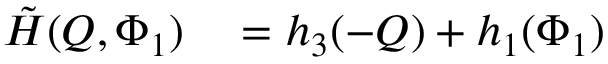
\begin{array} { r l } { \tilde { H } ( Q , \Phi _ { 1 } ) } & { { } = h _ { 3 } ( - Q ) + h _ { 1 } ( \Phi _ { 1 } ) } \end{array}